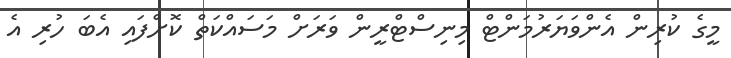
މީގެ ކުރިން އެންވަޔަރުމަންޓް މިނިސްޓްރީން ވަރަށް މަސައްކަތް ކޮށްފައި އެބަ ހުރި އެ